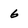
Character: 6